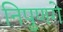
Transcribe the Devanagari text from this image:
निपुणगे